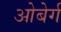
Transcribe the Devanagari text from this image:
ओबेर्ग